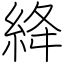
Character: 絳